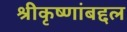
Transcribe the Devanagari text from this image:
श्रीकृष्णांबद्दल